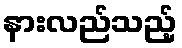
နားလည်သည့်